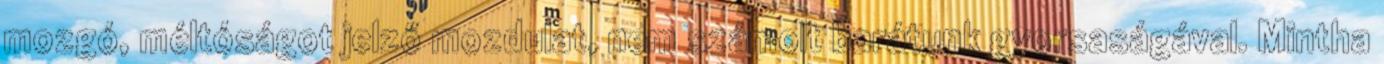
mozgó, méltóságot jelző mozdulat, nem számolt barátunk gyorsaságával. Mintha